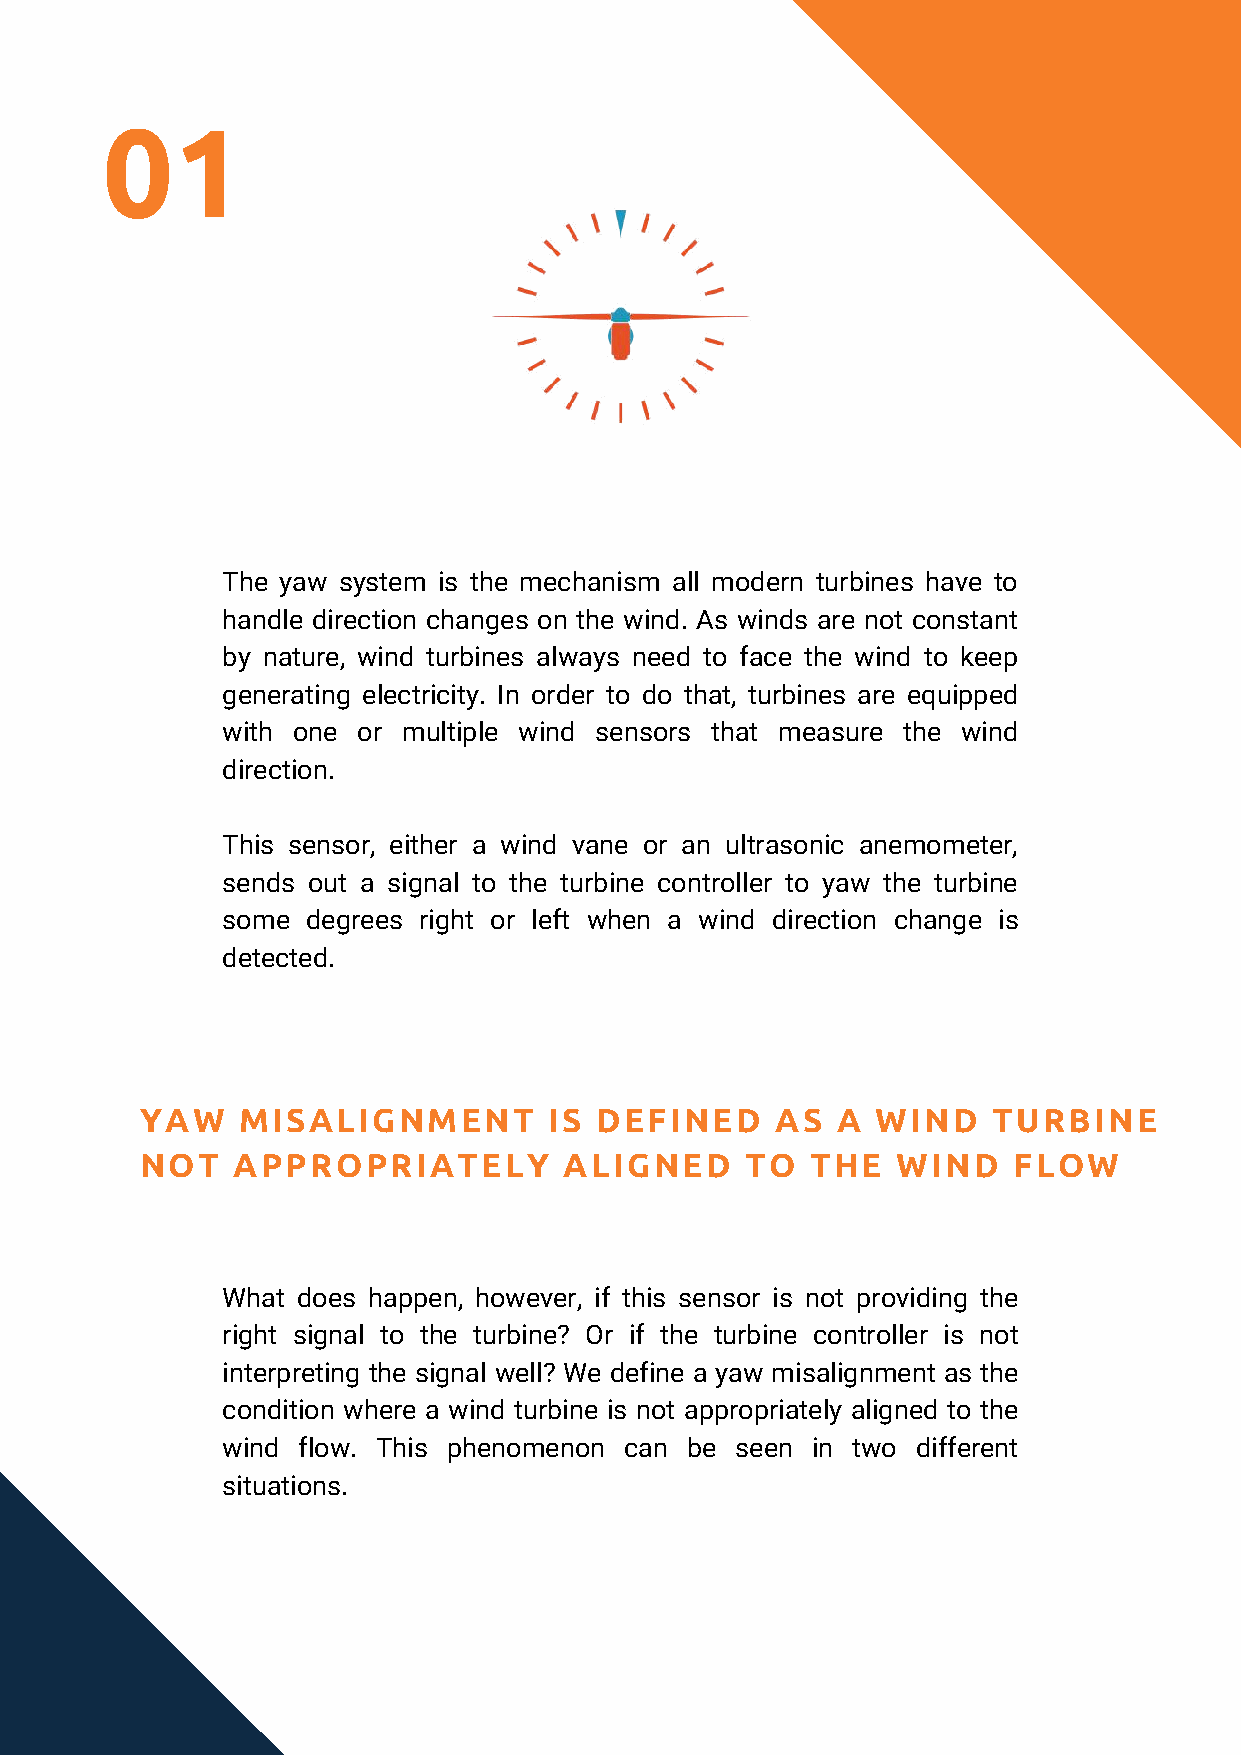
01
 The yaw system is the mechanism all modern turbines have to
 handle direction changes on the wind. As winds are not constant
 by nature, wind turbines always need to face the wind to keep
 generating electricity. In order to do that, turbines are equipped
 with one or multiple wind sensors that measure the wind
 direction.
 This sensor, either a wind vane or an ultrasonic anemometer,
 sends out a signal to the turbine controller to yaw the turbine
 some degrees right or left when a wind direction change is
 detected.
 YAW    MISALIGNMENT        IS DEFINED     AS  A  WIND    TURBINE
 NOT   APPROPRIATELY         ALIGNED     TO   THE  WIND    FLOW
 What does happen, however, if this sensor is not providing the
 right signal to the turbine? Or if the turbine controller is not
 interpreting the signal well? We define a yaw misalignment as the
 condition where a wind turbine is not appropriately aligned to the
 wind flow. This phenomenon can be seen in two different
 situations.